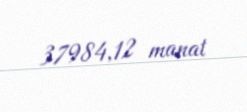
37984,12 manat